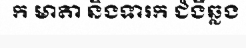
ក មាតា និងទារក ជំងឺឆ្លង